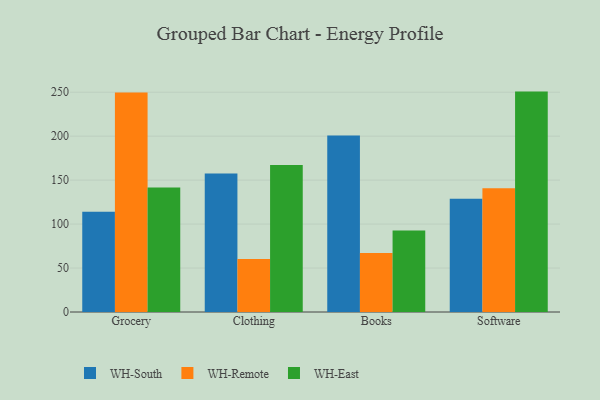
{"axis": {"x": "Category", "y": "LTV (USD)"}, "legend": ["WH-East", "WH-Remote", "WH-South"], "data": [{"x": "Grocery", "y": 114.1, "type": "WH-South"}, {"x": "Grocery", "y": 249.7, "type": "WH-Remote"}, {"x": "Grocery", "y": 141.7, "type": "WH-East"}, {"x": "Clothing", "y": 157.4, "type": "WH-South"}, {"x": "Clothing", "y": 60.3, "type": "WH-Remote"}, {"x": "Clothing", "y": 167.3, "type": "WH-East"}, {"x": "Books", "y": 200.8, "type": "WH-South"}, {"x": "Books", "y": 67.0, "type": "WH-Remote"}, {"x": "Books", "y": 92.8, "type": "WH-East"}, {"x": "Software", "y": 128.9, "type": "WH-South"}, {"x": "Software", "y": 140.7, "type": "WH-Remote"}, {"x": "Software", "y": 250.7, "type": "WH-East"}]}